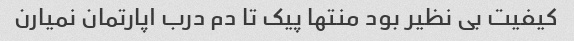
کیفیت بی نظیر بود منتها پیک تا دم درب اپارتمان نمیارن